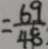
= \frac { 6 9 } { 4 8 }